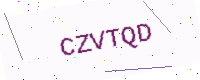
Text: CZVTQD